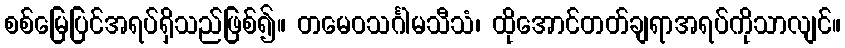
စစ်မြေပြင်အရပ်ရှိသည်ဖြစ်၍။ တမေဝသင်္ဂါမသီသံ၊ ထိုအောင်တတ်ချရာအရပ်ကိုသာလျင်။